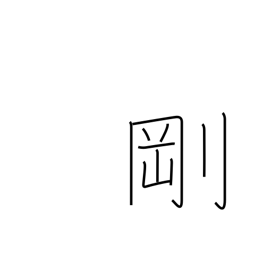
Meaning: sturdy